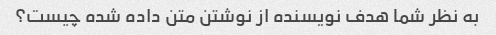
به نظر شما هدف نویسنده از نوشتن متن داده شده چیست؟